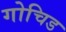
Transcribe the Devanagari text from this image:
गोचिड